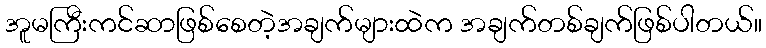
အူမကြီးကင်ဆာဖြစ်စေတဲ့အချက်များထဲက အချက်တစ်ချက်ဖြစ်ပါတယ်။